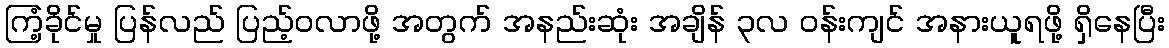
ကြံ့ခိုင်မှု ပြန်လည် ပြည့်ဝလာဖို့ အတွက် အနည်းဆုံး အချိန် ၃လ ဝန်းကျင် အနားယူရဖို့ ရှိနေပြီး